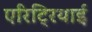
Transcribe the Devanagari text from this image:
एरिट्रियाई